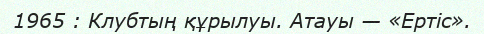
1965 : Клубтың құрылуы. Атауы — «Ертіс».